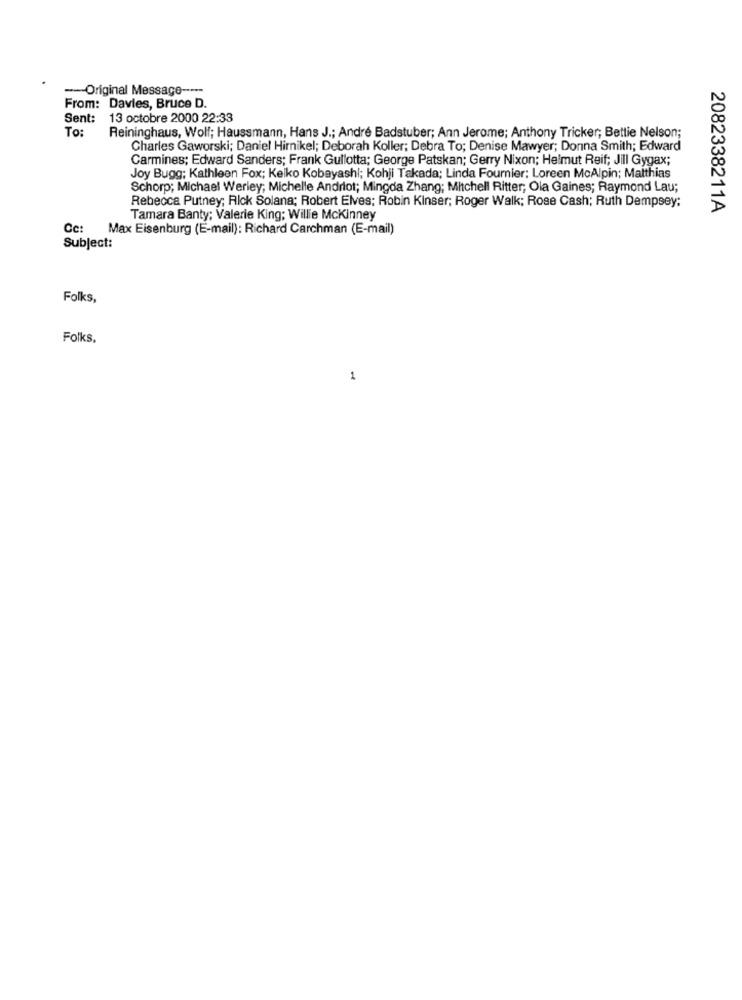
-- Original Message -----
From: Davies, Bruce D.
Sent: 13 octobre 2000 22:33
To:
Reininghaus, Wolf; Haussmann, Hans J .; Andre Badstuber; Ann Jerome; Anthony Tricker; Bettie Nelson;
Charles Gaworski; Daniel Hirnikel; Deborah Koller; Debra To; Denise Mawyer; Donna Smith; Edward
Carmines; Edward Sanders; Frank Gullotta; George Patskan; Gerry Nixon; Helmut Reif; Jill Gygax;
Joy Bugg; Kathleen Fox; Keiko Kobayashi; Kohji Takada; Linda Fournier; Loreen McAlpin; Matthias
Schorp; Michael Werley; Michelle Andriot; Mingda Zhang; Mitchell Ritter; Ola Gaines; Raymond Lau;
Rebecca Putney; Rick Solana; Robert Elves; Robin Kinser; Roger Walk; Rose Cash; Ruth Dempsey:
2082338211A
Tamara Banty; Valerie King; Willie Mckinney
Cc: Max Eisenburg (E-mail): Richard Carchman (E-mail)
Subject:
Folks,
Folks.
1